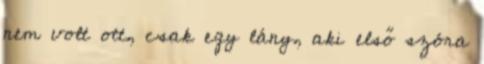
nem volt ott, csak egy lány, aki első szóra